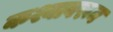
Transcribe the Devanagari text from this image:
कश्यावरून